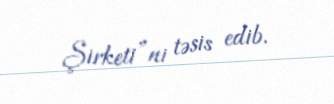
Şirketi”ni təsis edib.